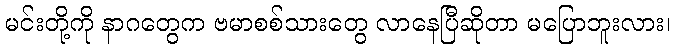
မင်းတို့ကို နာဂတွေက ဗမာစစ်သားတွေ လာနေပြီဆိုတာ မပြောဘူးလား၊